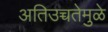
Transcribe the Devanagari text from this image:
अतिउच्चतेमुळे